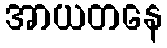
အာယတနေ